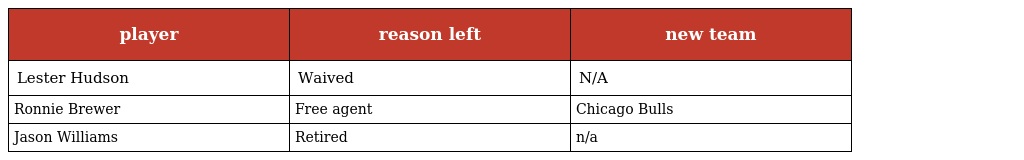
| player | reason left | new team |
 | --- | --- | --- |
 | Lester Hudson | Waived | N/A |
 | Ronnie Brewer | Free agent | Chicago Bulls |
 | Jason Williams | Retired | n/a |